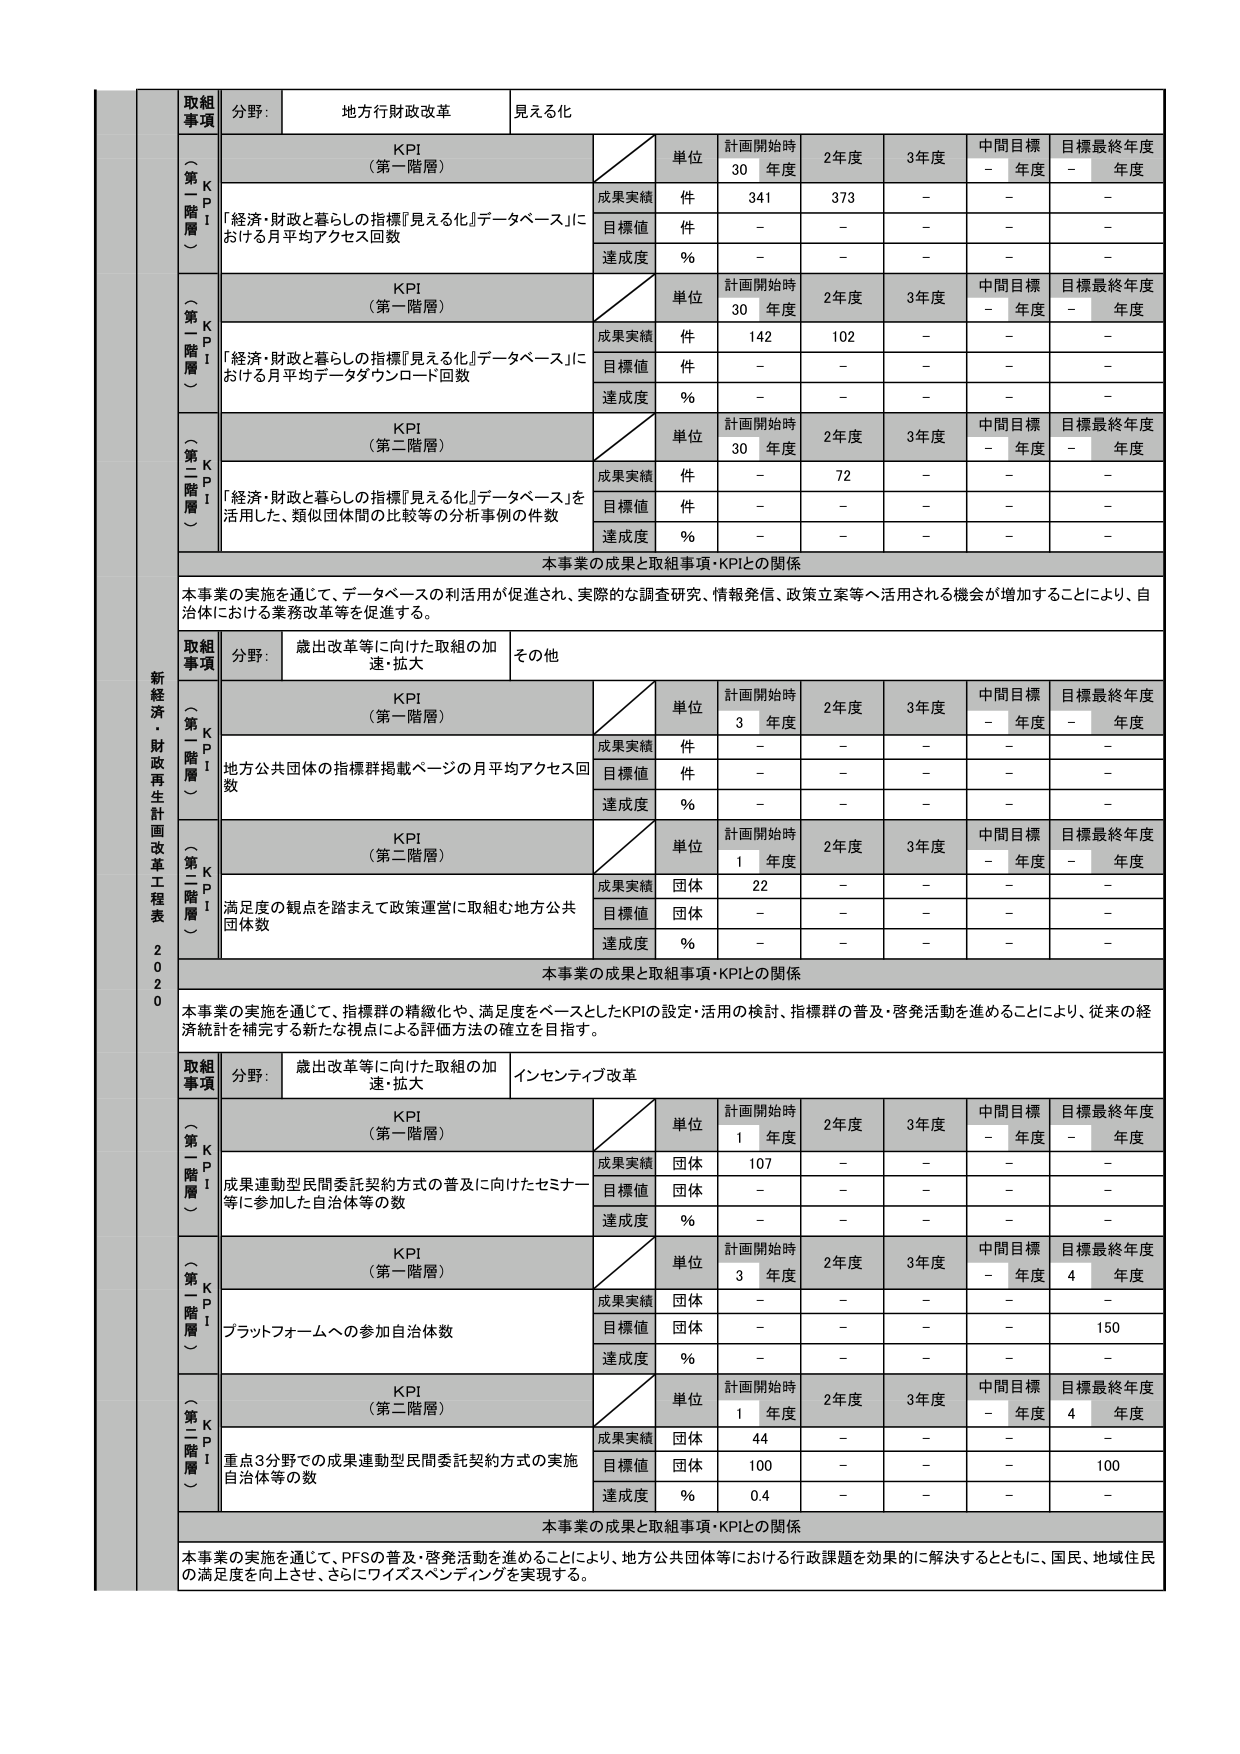
新経済・財政再生計画改革工程表 2020

取組事項
分野: 地方行財政改革
見える化

KPI（第一階層）
「経済・財政と暮らしの指標『見える化』データベース」における月平均アクセス回数
単位：件
計画開始時 30年度：341
2年度：373
3年度：-
中間目標 -年度：-
目標最終年度 -年度：-

成果実績：件
目標値：件
達成度：%

KPI（第一階層）
「経済・財政と暮らしの指標『見える化』データベース」における月平均データダウンロード回数
単位：件
計画開始時 30年度：142
2年度：102
3年度：-
中間目標 -年度：-
目標最終年度 -年度：-

成果実績：件
目標値：件
達成度：%

KPI（第二階層）
「経済・財政と暮らしの指標『見える化』データベース」を活用した、類似団体間の比較等の分析事例の件数
単位：件
計画開始時 30年度：72
2年度：-
3年度：-
中間目標 -年度：-
目標最終年度 -年度：-

成果実績：件
目標値：件
達成度：%

本事業の成果と取組事項・KPIとの関係
本事業の実施を通じて、データベースの利活用が促進され、実際的な調査研究、情報発信、政策立案等へ活用される機会が増加することにより、自治体における業務改革等を促進する。

取組事項
分野: 歳出改革等に向けた取組の加速・拡大
その他

KPI（第一階層）
地方公共団体の指標群掲載ページの月平均アクセス回数
単位：件
計画開始時 3年度：-
2年度：-
3年度：-
中間目標 -年度：-
目標最終年度 -年度：-

成果実績：件
目標値：件
達成度：%

KPI（第二階層）
満足度の観点を踏まえて政策運営に取組む地方公共団体数
単位：団体
計画開始時 1年度：22
2年度：-
3年度：-
中間目標 -年度：-
目標最終年度 -年度：-

成果実績：団体
目標値：団体
達成度：%

本事業の成果と取組事項・KPIとの関係
本事業の実施を通じて、指標群の精緻化や、満足度をベースとしたKPIの設定・活用の検討、指標群の普及・啓発活動を進めることにより、従来の経済統計を補完する新たな視点による評価方法の確立を目指す。

取組事項
分野: 歳出改革等に向けた取組の加速・拡大
インセンティブ改革

KPI（第一階層）
成果連動型民間委託契約方式の普及に向けたセミナー等に参加した自治体等の数
単位：団体
計画開始時 1年度：107
2年度：-
3年度：-
中間目標 -年度：-
目標最終年度 -年度：-

成果実績：団体
目標値：団体
達成度：%

KPI（第一階層）
プラットフォームへの参加自治体数
単位：団体
計画開始時 3年度：-
2年度：-
3年度：-
中間目標 -年度：-
目標最終年度 4年度：150

成果実績：団体
目標値：団体
達成度：%

KPI（第二階層）
重点3分野での成果連動型民間委託契約方式の実施自治体等の数
単位：団体
計画開始時 1年度：44
2年度：-
3年度：-
中間目標 -年度：-
目標最終年度 4年度：100

成果実績：団体
目標値：団体
達成度：% 0.4

本事業の成果と取組事項・KPIとの関係
本事業の実施を通じて、PFSの普及・啓発活動を進めることにより、地方公共団体等における行政課題を効果的に解決するとともに、国民、地域住民の満足度を向上させ、さらにワイズスペンディングを実現する。